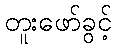
တူးဖော်ခွင့်